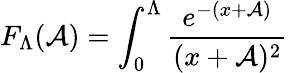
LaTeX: F_{\Lambda}(\mathcal{A})=\int_{0}^{\Lambda}\frac{{e^{-(x+\mathcal{A})}}}{{(x+\mathcal{A})^{2}}}